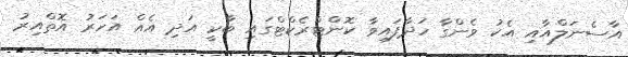
އާސެނަލްއާއި އެކު ވެންގާ ހަދާފައިވާ ކޮންޓްރެކްޓްގައި ބާކީ އަދި އެއް އަހަރު އޮތްއިރު